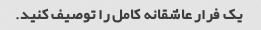
یک فرار عاشقانه کامل را توصیف کنید.